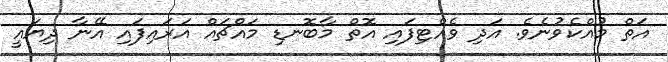
އަތް މުއްކެވުނެވެ. އަދި ވެއްޓިފައި އޮތް މާބޮނޑި މައްޗައް އަރައިފައި އޭނާ ދިޔައީ